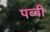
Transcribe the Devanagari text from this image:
पब्बी